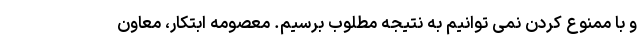
و با ممنوع کردن نمی توانیم به نتیجه مطلوب برسیم. معصومه ابتکار، معاون